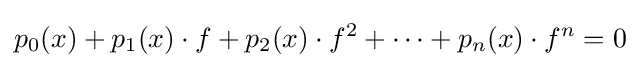
p_{0}(x)+p_{1}(x)\cdot f+p_{2}(x)\cdot f^{2}+\cdots +p_{n}(x)\cdot f^{n}=0